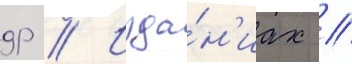
др // Изда́н'иах //